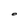
Character: O